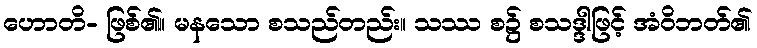
ဟောတိ- ဖြစ်၏။ မနသော စသည်တည်း။ သဿ စ၌ စသဒ္ဒါဖြင့် အံဝိဘတ်၏